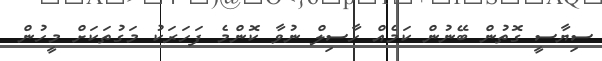
ސިޔާސީ ގޮތުން ބޭނުން ކަމެއް ހާސިލް ނުވާ ކޮންމެ ފަހަރަކު މަގުތަކަށް މީހުން